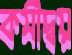
কর্মীদ্বয়